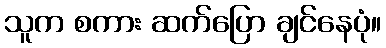
သူက စကား ဆက်ပြော ချင်နေပုံ။